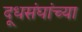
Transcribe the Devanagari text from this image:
दूधसंघांच्या